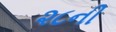
૨૮ની